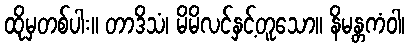
ထိုမှတစ်ပါး။ တာဒိသံ၊ မိမိလင်နှင့်တူသော။ နိမန္တကံဝါ၊